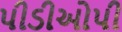
પીડીઓપી